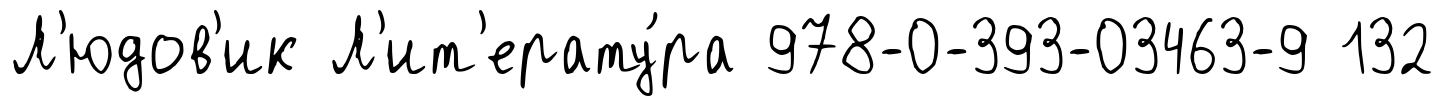
Л'юдов'ик Л'ит'ерату́ра 978-0-393-03463-9 132